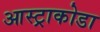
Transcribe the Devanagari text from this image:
आस्ट्राकोडा